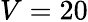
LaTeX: V=20